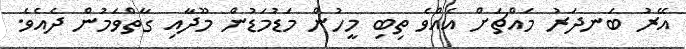
އޭރު ބަނދަރު މައްޗަށް އެއްވެ ތިބި މީހުން މަޑުމަޑުން މޫދާއި ގާތްވަމުން ދެއެވެ.